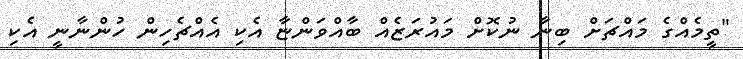
"ތީމެއްގެ މައްޗަށް ބިނާ ނުކޮށް މައުރަޒެއް ބާއްވަންޏާ އެކި އެއްޗެހިން ހުންނާނީ އެކި